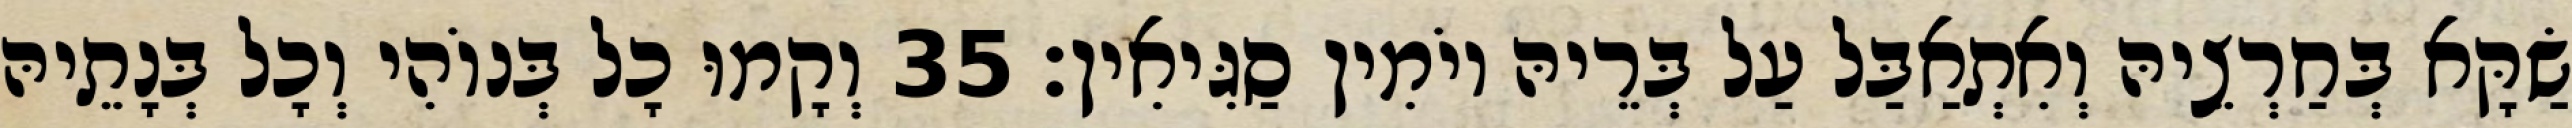
שַׂקָּא בְּחַרְצֵיהּ וְאִתְאַבַּל עַל בְּרֵיהּ יוֹמִין סַגִּיאִין׃ 35 וְקָמוּ כָל בְּנוֹהִי וְכָל בְּנָתֵיהּ